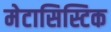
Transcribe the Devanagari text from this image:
मेटासिस्टिक